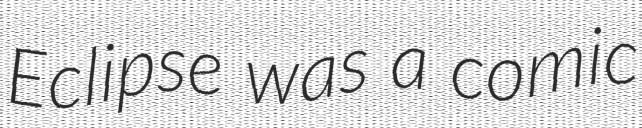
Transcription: Eclipse was a comic